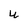
Character: u